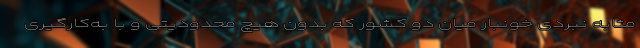
مثابه نبردی خونبار میان دو کشور که بدون هیچ محدودیتی و با به‌کارگیری